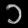
Digit: ၁